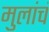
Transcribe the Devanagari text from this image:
मुलांचं